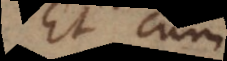
Et cum